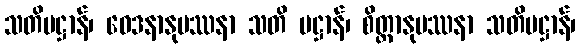
သတိပဋ္ဌာန်၊ ဝေဒနာနုပဿနာ သတိ ပဋ္ဌာန်၊ စိတ္တာနုပဿနာ သတိပဋ္ဌာန်၊